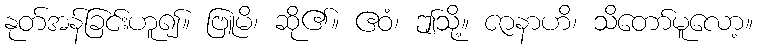
နုတ်အန်ခြင်းဟူ၍။ ဗြူမိ၊ ဆို၏။ ဧဝံ၊ ဤသို့။ ဇာနာဟိ၊ သိတော်မူလော့။